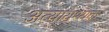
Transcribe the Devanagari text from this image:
अत्यायश्यक